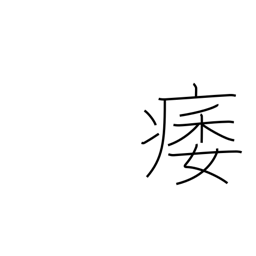
Meaning: atrophy